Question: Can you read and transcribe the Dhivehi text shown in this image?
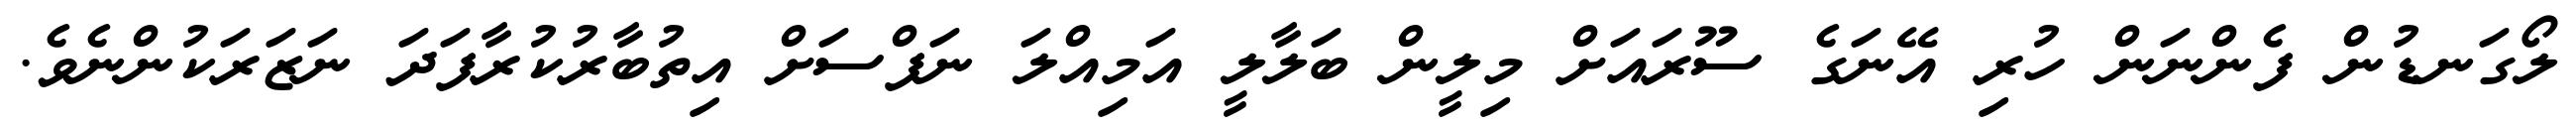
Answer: ލޯގަނޑުން ފެންނަން ހުރި އޭނަގެ ސޫރައަށް މިލީން ބަލާލީ އަމިއްލަ ނަފްސަށް އިތުބާރުކުރާފަދަ ނަޒަރަކުންނެވެ.